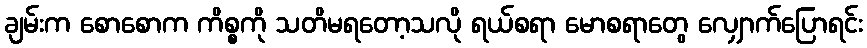
ချမ်းက စောစောက ကိစ္စကို သတိမရတော့သလို ရယ်စရာ မောစရာတွေ လျှောက်ပြောရင်း